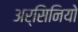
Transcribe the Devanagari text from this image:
अर्सिनियो